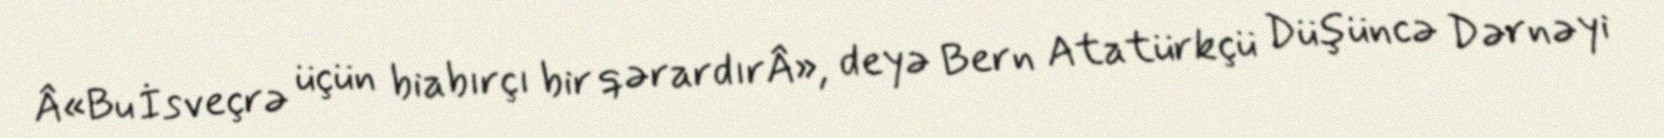
Â«Bu İsveçrə üçün biabırçı bir qərardırÂ», deyə Bern Atatürkçü Düşüncə Dərnəyi